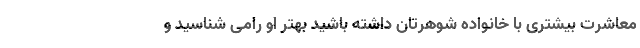
معاشرت بیشتری با خانواده شوهرتان داشته باشید بهتر او رامی شناسید و